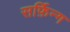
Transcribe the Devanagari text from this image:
सर्फ़िन्ग